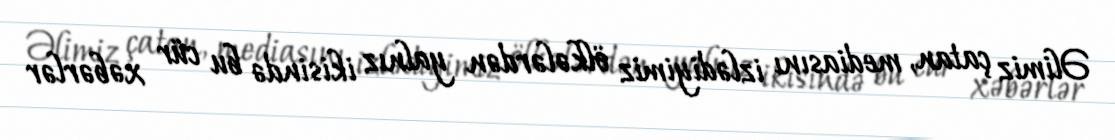
Əlimiz çatan, mediasını izlədiyimiz ölkələrdən yalnız ikisində bu cür xəbərlər